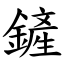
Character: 鏟